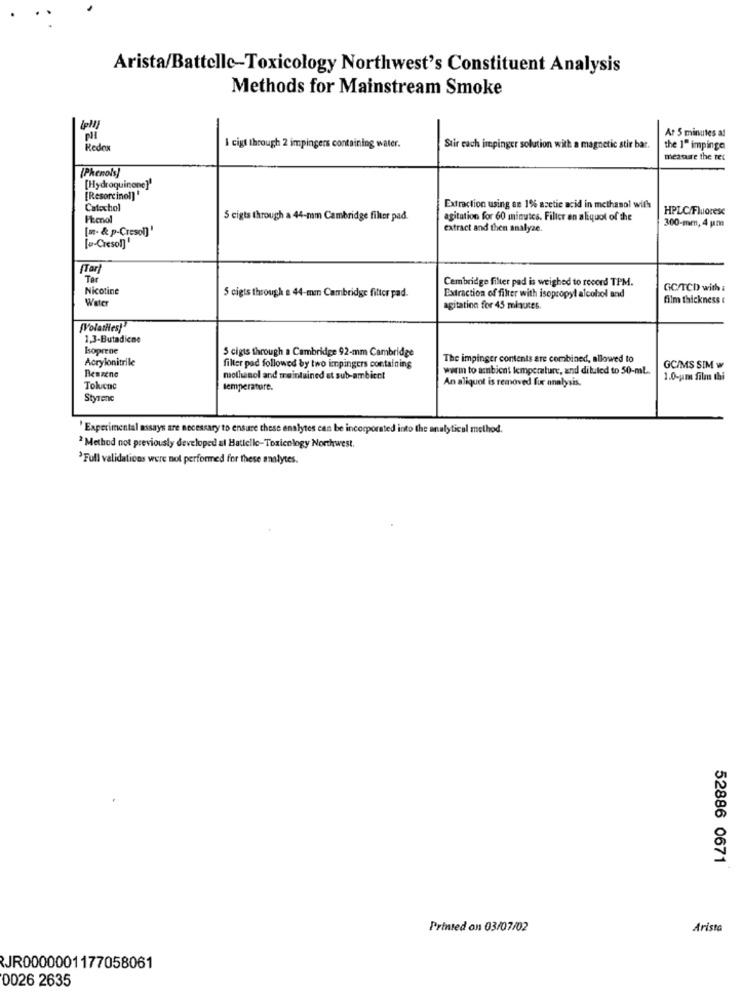
Arista/Battelle-Toxicology Northwest's Constituent Analysis
Methods for Mainstream Smoke
NI
Ar 5 minutes af
Redox
I cigt through 2 impingers containing water.
Stir each impinger solution with a magnetic stir bar.
the 1" impinga
measure the tet
(Phenols]
[Hydroquinone]ª
[Resorcinol)"
Catechol
Extraction using an 1% acetic acid in methanol with
HPLC/Fluorese
Phenol
5 cigts through a 44-mm Cambridge filter pad.
agitation for 60 minutes. Filter en aliquot of the
[m. & p-Cresol]'
extract and then analyze.
300-mm, 4 pm
[ .- Cresol]
(Tar
Tar
Cambridge filter pad is weighed to record TPM.
Nicotine
5 cigts through a 44-mm Cambridge filter pad.
GC/TCD with :
Water
Extraction of filter with isopropyl alcohol and
film thickness
agitation for 45 minutes.
[Volatiles!"
1,3-Butadiene
Bsoprene
5 cigts through a Cambridge 92-mm Cambridge
Acrylonitrile
The impinger contents are combined, allowed to
filter pad followed by two impingers containing
warm to ambient temperature, and diluted to 50-ml.
GC/MS SIM w
Benzene
mothanol and maintained et sub-ambient
An aliquot is removed fur analysis.
1.0-um films thi
Tokcnc
temperature.
Styrene
'Experimental assays are necessary to ensure these enalytes can be incorporated into the analytical method.
2 Method not previously developed al Hatlelke-Toxicology Northwest.
'Full validations were not performed for these analytes.
52886 0671
Printed on 03/07/02
Arista
JR0000001177058061
0026 2635